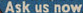
Ask us now